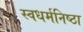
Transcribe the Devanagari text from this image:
स्वधर्मनिष्ठा